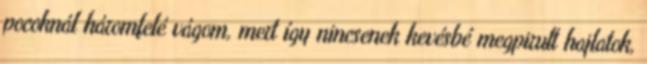
pocoknál háromfelé vágom, mert így nincsenek kevésbé megpirult hajlatok,